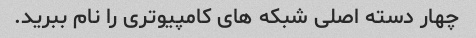
چهار دسته اصلی شبکه های کامپیوتری را نام ببرید.